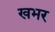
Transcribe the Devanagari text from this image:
खभर